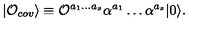
| { \cal O } _ { c o v } \rangle \equiv { \cal O } ^ { a _ { 1 } \ldots a _ { s } } \alpha ^ { a _ { 1 } } \ldots \alpha ^ { a _ { s } } | 0 \rangle .